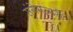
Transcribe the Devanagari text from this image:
संगेमरमरी